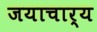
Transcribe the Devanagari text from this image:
जयाचार्य